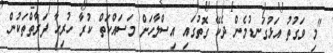
"މި ވަގުތު އަޅުގަނޑުމެން ދެކޭ ގޮތުގައި އިސްލާހަށް މަސައްކަތް ކުރާ ހުރިހާ ފަރާތްތަކުން